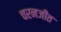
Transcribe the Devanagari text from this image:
चरनजीत